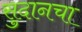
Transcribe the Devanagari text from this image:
सुदानचा